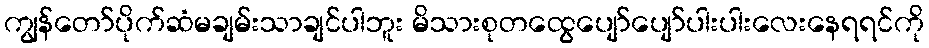
ကျွန်တော်ပိုက်ဆံမချမ်းသာချင်ပါဘူး မိသားစုတထွေပျော်ပျော်ပါးပါးလေးနေရရင်ကို